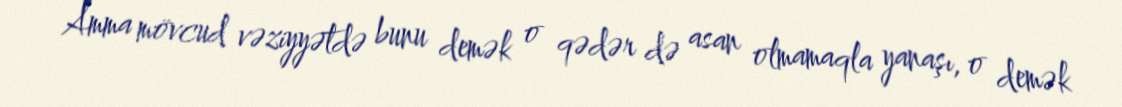
Amma mövcud vəziyyətdə bunu demək o qədər də asan olmamaqla yanaşı, o demək